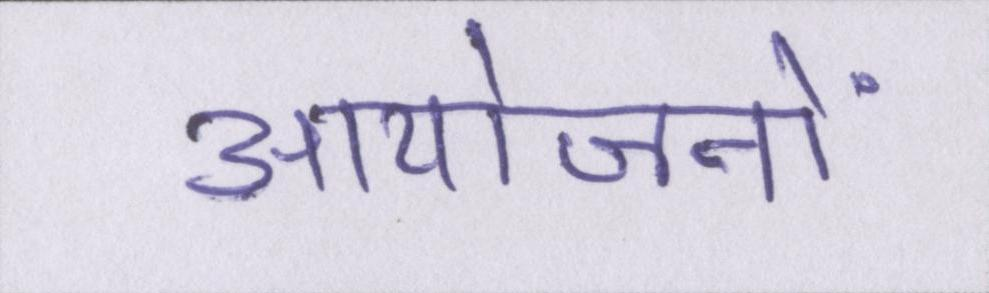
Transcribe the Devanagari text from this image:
आयोजनों